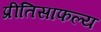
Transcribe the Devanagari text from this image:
प्रीतिसाफल्य